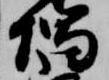
燭